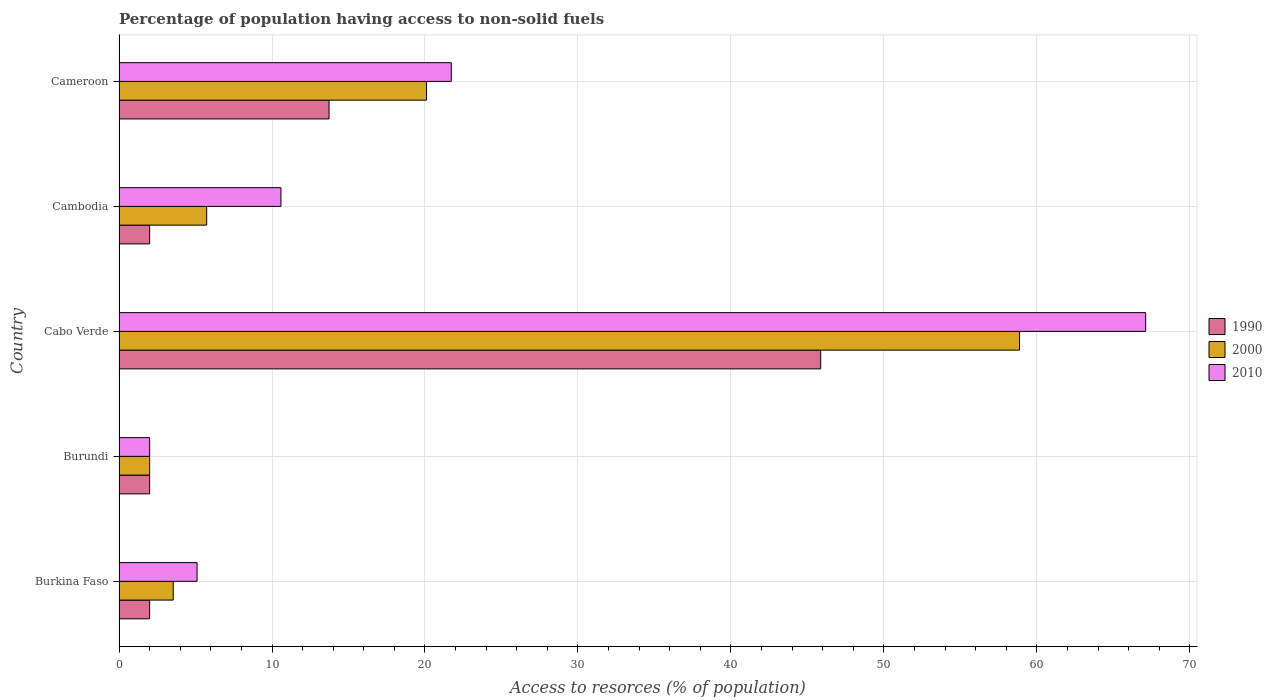
| Country | 1990 | 2000 | 2010 |
 | --- | --- | --- | --- |
 | Burkina Faso | 2 | 3.54 | 5.1 |
 | Burundi | 2 | 2 | 2 |
 | Cabo Verde | 45.9 | 58.9 | 67.1 |
 | Cambodia | 2 | 5.73 | 10.6 |
 | Cameroon | 13.7 | 20.1 | 21.7 |